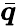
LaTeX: \bar{\boldsymbol{q}}